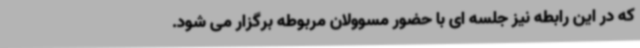
که در این رابطه نیز جلسه ای با حضور مسوولان مربوطه برگزار می شود.